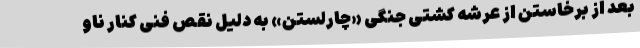
بعد از برخاستن از عرشه کشتی جنگی «چارلستن» به دلیل نقص فنی کنار ناو